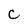
Character: C